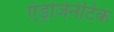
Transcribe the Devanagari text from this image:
एंड्रोजेनेटिक